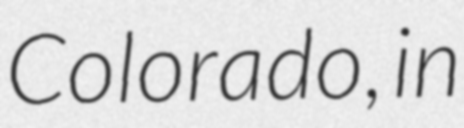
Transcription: Colorado, in